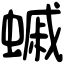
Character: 䗩